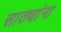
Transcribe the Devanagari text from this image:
साठ्यांना